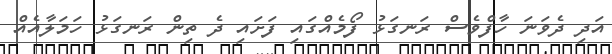
އަދި ދެވަނަ ހާފްވެސް ރަނގަޅު ފޯމެއްގައި ފަށައި ދެ ތިން ރަނގަޅު ހަމަލާއެއް